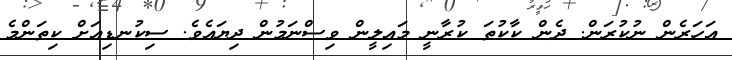
އަހަރެން ނުކުރަން. ދެން ކާކުތަ ކުރާނީ މައިލީން ވިސްނަމުން ދިޔައެވެ. ސިކުނޑިއަށް ކިތަންމެ